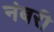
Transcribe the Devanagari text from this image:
नंबरी